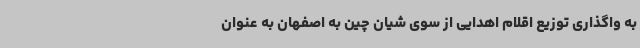
به واگذاری توزیع اقلام اهدایی از سوی شیان چین به اصفهان به عنوان